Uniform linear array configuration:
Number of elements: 32
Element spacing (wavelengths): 0.25
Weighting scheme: exponential
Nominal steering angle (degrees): -45
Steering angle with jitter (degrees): -43.702
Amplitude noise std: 0.05
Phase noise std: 0.05

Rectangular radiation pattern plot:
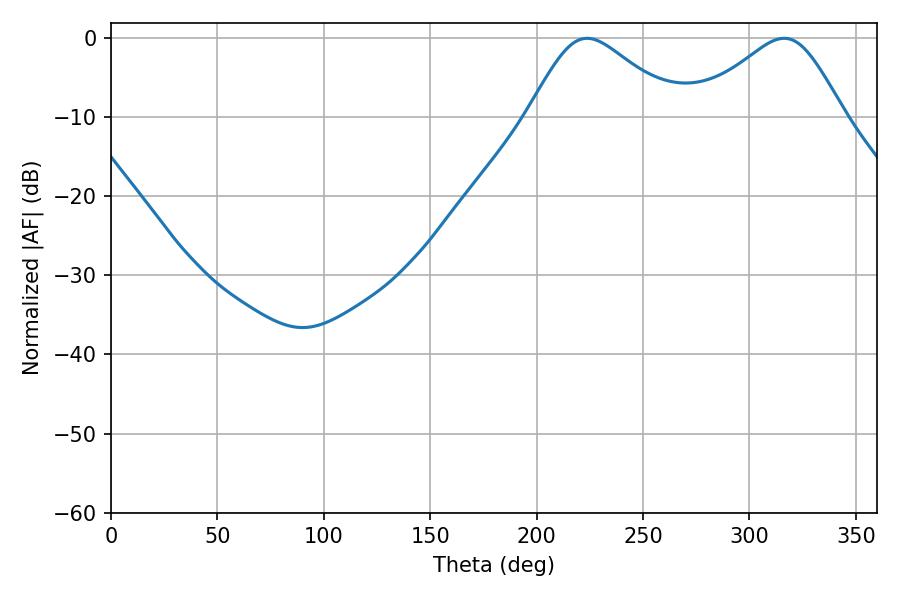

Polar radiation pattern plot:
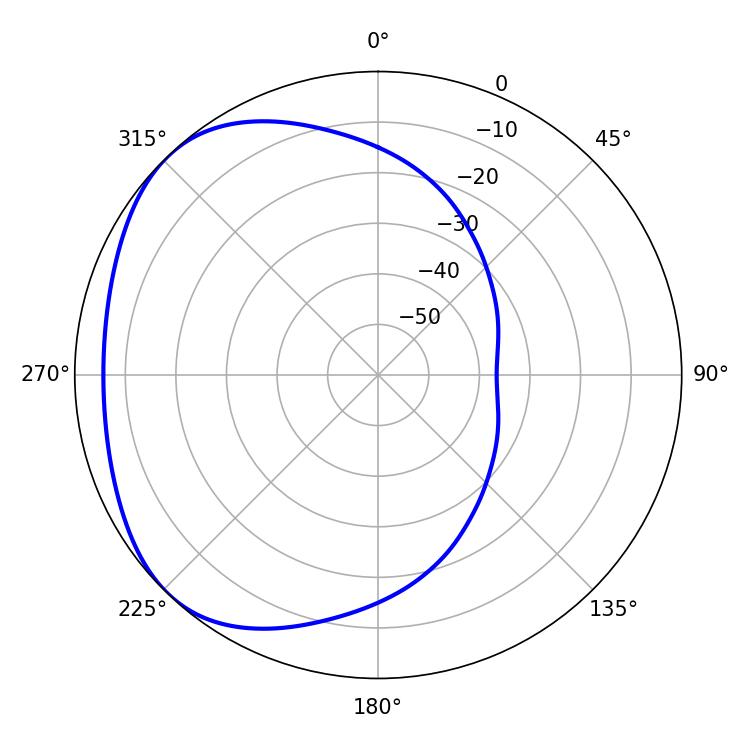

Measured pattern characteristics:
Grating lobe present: FALSE
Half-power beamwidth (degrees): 34.74
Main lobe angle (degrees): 223.74